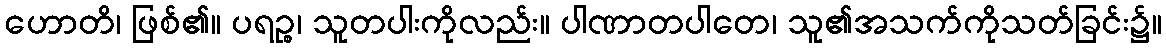
ဟောတိ၊ ဖြစ်၏။ ပရဉ္စ၊ သူတပါးကိုလည်း။ ပါဏာတပါတေ၊ သူ၏အသက်ကိုသတ်ခြင်း၌။